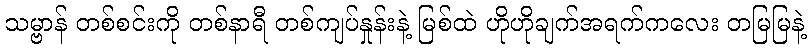
သမ္ဗာန် တစ်စင်းကို တစ်နာရီ တစ်ကျပ်နှုန်းနဲ့ မြစ်ထဲ ဟိုဟိုချက်အရက်ကလေး တမြမြနဲ့